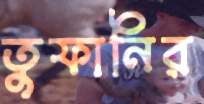
তুফানির